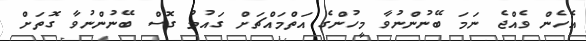
އެހެން ވެއްޖެ ނަމަ ބޭނުންނުވާ މީހުންގެ އަތްމައްޗަށް ގައުމު ގޮސް ބޭނުންނުވާ ގޮތަށް